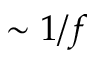
\sim 1 / f